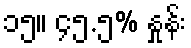
၁၅။ ၄၅.၅% နှုန်း